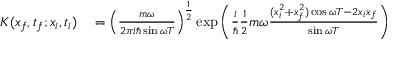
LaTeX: \begin{array} { r l } { K ( x _ { f } , t _ { f } ; x _ { i } , t _ { i } ) } & { { } = \left( { \frac { m \omega } { 2 \pi i \hbar \sin \omega T } } \right) ^ { \frac { 1 } { 2 } } \exp { \left( { \frac { i } { \hbar } } { \frac { 1 } { 2 } } m \omega { \frac { ( x _ { i } ^ { 2 } + x _ { f } ^ { 2 } ) \cos \omega T - 2 x _ { i } x _ { f } } { \sin \omega T } } \right) } } \end{array}